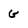
Character: G